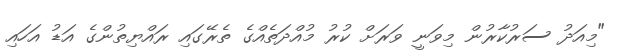
"މިއަދު ސަރުކާރުން މިވަނީ ވަރަށް ކުރު މުއްދަތެއްގެ ތެރޭގައި ރައްޔިތުންގެ އަޑު އަހައި